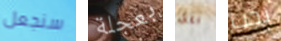
سنجعل بعجلة فقط يجب